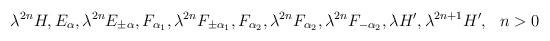
\begin{align*}\lambda^{2n}H,E_\alpha, \lambda^{2n}E_{\pm\alpha}, F_{\alpha_1}, \lambda^{2n} F_{\pm\alpha_1}, F_{\alpha_2}, \lambda^{2n}F_{\alpha_2},\lambda^{2n}F_{-\alpha_2}, \lambda H',\lambda^{2n+1}H',~~n>0\end{align*}